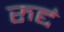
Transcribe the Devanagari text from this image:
रुद्दं